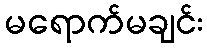
မရောက်မချင်း